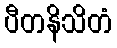
ပီတနိသိတံ